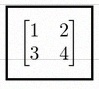
\begin{bmatrix}1&2\\3&4\end{bmatrix}